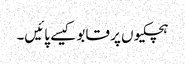
ہچکیوں پر قابو کیسے پائیں۔